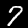
Label: 7